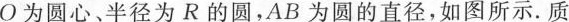
О为圆心﹑半径为R的圆，AB为圆的直径，如图所示.质